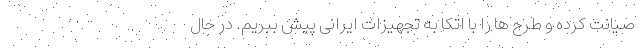
صیانت کرده و طرح ها را با اتکا به تجهیزات ایرانی پیش ببریم‌. در حال